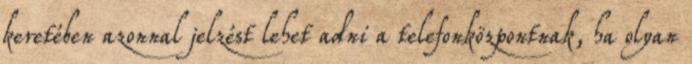
keretében azonnal jelzést lehet adni a telefonközpontnak, ha olyan